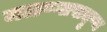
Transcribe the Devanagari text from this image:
मळण्यासदृष्य